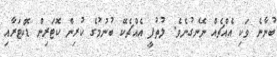
ބުނާނެ ވަކި އެއްޗެއް ނޭނގުނެވެ. ލުތުފީ އެއްޗެކޭ ބުނުމުގެ ކުރިން ކޮޓަރިން ޑޮކްޓަރާއި